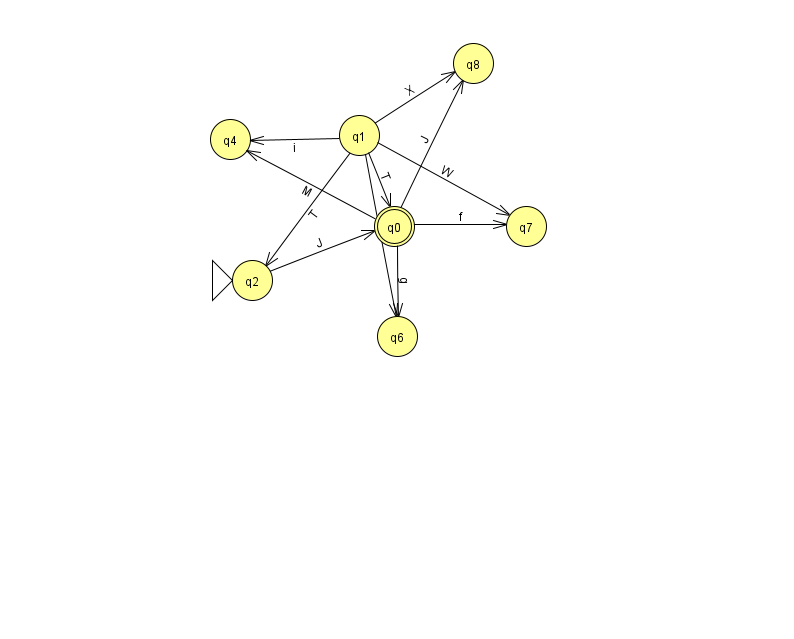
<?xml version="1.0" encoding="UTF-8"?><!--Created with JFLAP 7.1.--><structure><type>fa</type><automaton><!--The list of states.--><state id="0" name="q0"><x>394.0</x><y>213.0</y><final/></state><state id="1" name="q1"><x>359.0</x><y>122.0</y></state><state id="2" name="q2"><x>252.0</x><y>267.0</y><initial/></state><state id="4" name="q4"><x>230.0</x><y>126.0</y></state><state id="6" name="q6"><x>397.0</x><y>323.0</y></state><state id="7" name="q7"><x>526.0</x><y>213.0</y></state><state id="8" name="q8"><x>473.0</x><y>50.0</y></state><!--The list of transitions.--><transition><from>1</from><to>0</to><read>T</read></transition><transition><from>2</from><to>0</to><read>J</read></transition><transition><from>1</from><to>6</to><read>W</read></transition><transition><from>1</from><to>7</to><read>W</read></transition><transition><from>1</from><to>2</to><read>T</read></transition><transition><from>1</from><to>8</to><read>X</read></transition><transition><from>0</from><to>6</to><read>g</read></transition><transition><from>1</from><to>4</to><read>i</read></transition><transition><from>0</from><to>4</to><read>M</read></transition><transition><from>0</from><to>7</to><read>f</read></transition><transition><from>0</from><to>8</to><read>J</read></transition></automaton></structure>